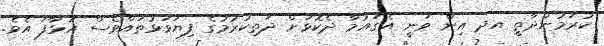
ކުރަމުންދާތީ އދ އިން ވަނީ އެގައުމާ ދެކޮޅަށް ދަތިކުރުމުގެ ފިޔަވަޅުތައްވެސް އަޅާފަ އެވެ.